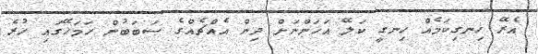
އެރޭ ހިނގިކަމެއް ހިނގީ ކަލޭ އަހަންނަށް ދިން އެއްޗެއްގެ ސަބަބުން ހަމަހޭގައި ހުރެ